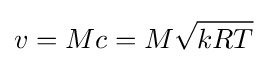
v=Mc=M{\sqrt {kRT}}